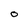
Character: O